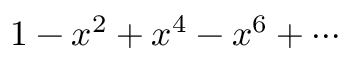
1 - x ^ { 2 } + x ^ { 4 } - x ^ { 6 } + \cdots